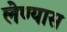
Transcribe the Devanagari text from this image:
लेण्यास